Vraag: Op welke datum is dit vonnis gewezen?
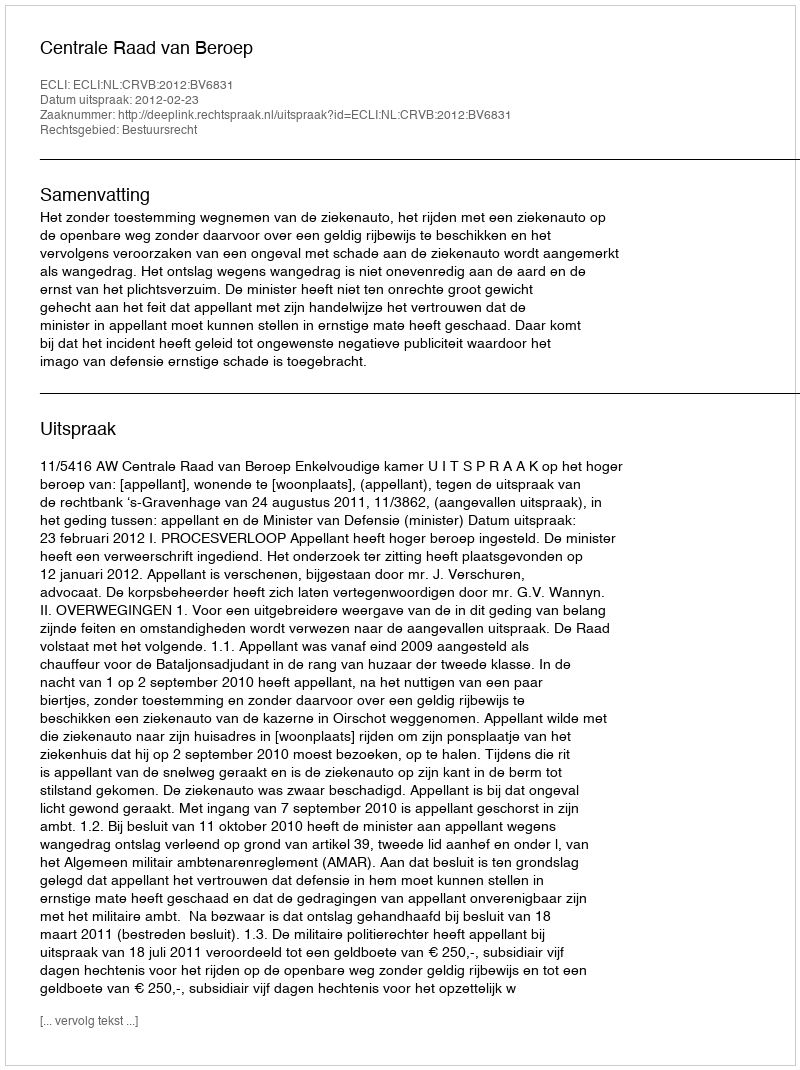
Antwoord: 2012-02-23